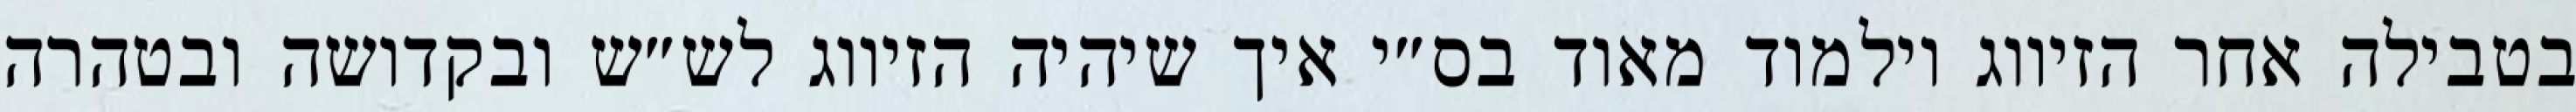
בטבילה אחר הזיווג וילמוד מאוד בס״י איך שיהיה הזיווג לש״ש ובקדושה ובטהרה